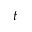
t